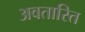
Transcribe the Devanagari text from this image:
अवतारित